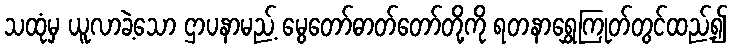
သထုံမှ ယူလာခဲ့သော ဌာပနာမည့် မွေတော်ဓာတ်တော်တို့ကို ရတနာရွှေကြုတ်တွင်ထည့်၍